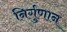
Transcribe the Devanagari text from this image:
निर्गुणान